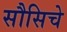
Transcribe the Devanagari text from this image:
सौसिचे